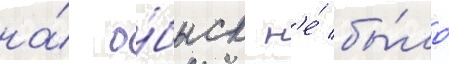
на́ о́быск н'е́ бы́ло